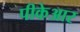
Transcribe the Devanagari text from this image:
पीकेआर